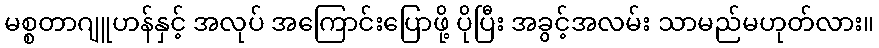
မစ္စတာဂျူဟန်နှင့် အလုပ် အကြောင်းပြောဖို့ ပိုပြီး အခွင့်အလမ်း သာမည်မဟုတ်လား။